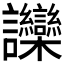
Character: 𬣘